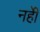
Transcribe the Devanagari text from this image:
नहीें